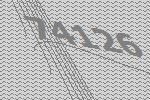
74126